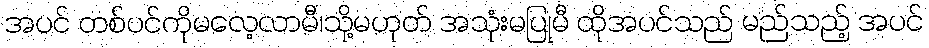
အပင် တစ်ပင်ကိုမလေ့လာမီ၊သို့မဟုတ် အသုံးမပြုမီ ထိုအပင်သည် မည်သည့် အပင်